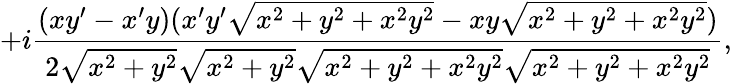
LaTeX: +i{\frac{(xy^{\prime}-x^{\prime}y)(x^{\prime}y^{\prime}{\sqrt{x^{2}+y^{2}+x^{2}y^{2}}}-xy{\sqrt{x^{2}+y^{2}+x^{2}y^{2}}})}{2{\sqrt{x^{2}+y^{2}}}{\sqrt{x^{2}+y^{2}}}{\sqrt{x^{2}+y^{2}+x^{2}y^{2}}}{\sqrt{x^{2}+y^{2}+x^{2}y^{2}}}}},